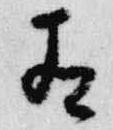
有